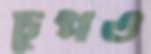
চুপও